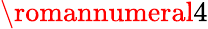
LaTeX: \romannumeral 4